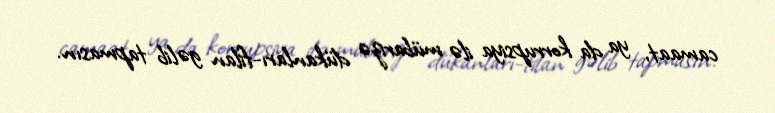
camaat, ya da korrupsiya ilə mübarizə dükanları-filan gəlib tapmasın.